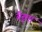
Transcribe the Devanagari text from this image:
बैठ्ता